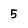
Character: 5